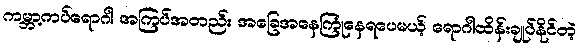
ကမ္ဘာ့ကပ်ရောဂါ အကြပ်အတည်း အခြေအနေကြုံနေရပေမယ့် ရောဂါထိန်းချုပ်နိုင်တဲ့